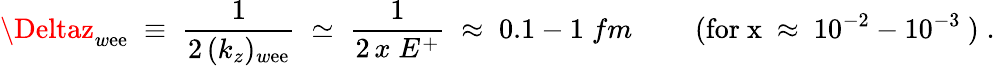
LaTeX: \Deltaz_{w\mathrm{e}\mathrm{e}}\; \equiv\; \frac{{1}}{{2\, (k_{z})_{w\mathrm{e}\mathrm{e}}}}\; \simeq\; \frac{{1}}{{2\, x\; E^{+}}}\; \approx\; 0.1-1\; fm\; \; \; \; \; \; \; \; (\mathrm{{for~x~\approx~10^{-2}-10^{-3}~}})\; .